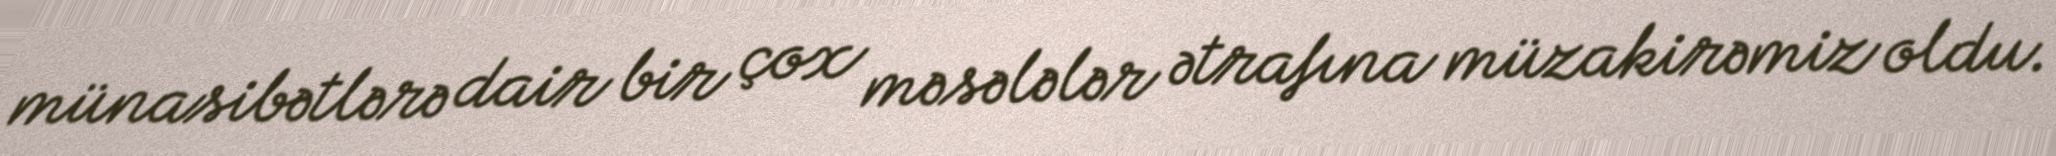
münasibətlərə dair bir çox məsələlər ətrafına müzakirəmiz oldu.